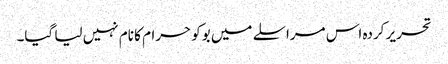
تحریر کردہ اس مراسلے میں بوکو حرام کا نام نہیں لیا گیا۔